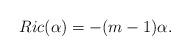
LaTeX: \begin{align*}Ric(\alpha)=-(m-1)\alpha.\end{align*}